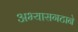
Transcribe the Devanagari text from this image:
अभ्यासगटाने